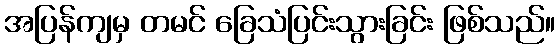
အပြန်ကျမှ တမင် ခြေသံပြင်းသွားခြင်း ဖြစ်သည်။